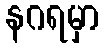
နဂရမှာ